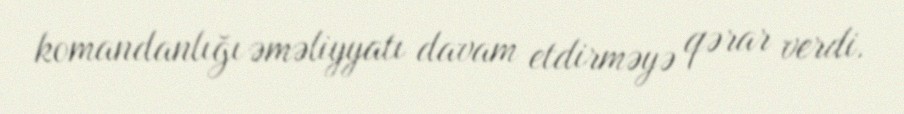
komandanlığı əməliyyatı davam etdirməyə qərar verdi.